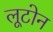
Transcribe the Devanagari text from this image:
लूटोन